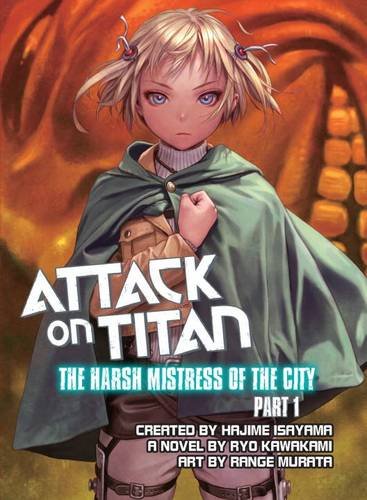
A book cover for Attack on Titan: The Harsh Mistress of the City, Part 1; Ryo Kawakami; Science Fiction & Fantasy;